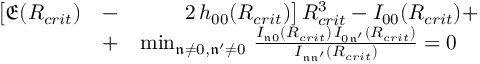
\begin{array} { r l r } { \big [ \mathfrak { E } ( R _ { c r i t } ) } & { - } & { 2 \, h _ { 0 0 } ( R _ { c r i t } ) \big ] \, R _ { c r i t } ^ { 3 } - I _ { 0 0 } ( R _ { c r i t } ) + } \\ & { + } & { \operatorname* { m i n } _ { \mathfrak { n } \ne 0 , \mathfrak { n ^ { \prime } } \ne 0 } \, \frac { I _ { \mathfrak { n } 0 } ( R _ { c r i t } ) \, I _ { 0 \mathfrak { n ^ { \prime } } } ( R _ { c r i t } ) } { I _ { \mathfrak { n } \mathfrak { n ^ { \prime } } } ( R _ { c r i t } ) } = 0 \quad } \end{array}